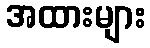
အထားများ